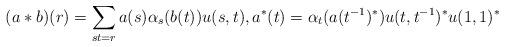
LaTeX: \begin{align*}(a * b)(r)=\sum_{st=r}a(s)\alpha_s(b(t))u(s,t), a^*(t)=\alpha_t(a(t^{-1})^*)u(t,t^{-1})^*u(1,1)^*\end{align*}